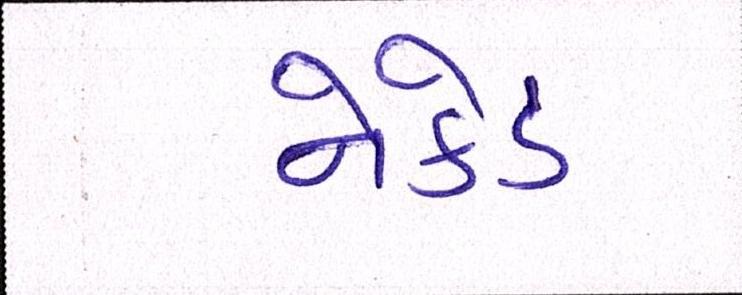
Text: નેકેડ